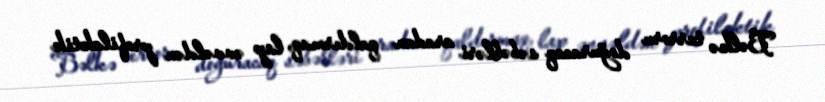
Bəlkə terroru doğuracaq səbəbləri aradan qaldırmaq, lap əvvəldən profilaktik